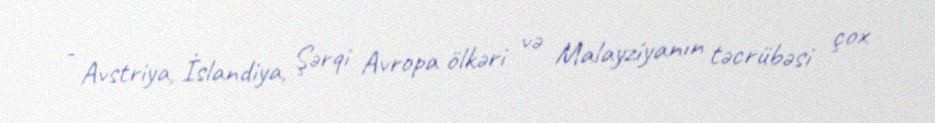
- Avstriya, İslandiya, Şərqi Avropa ölkəri və Malayziyanın təcrübəsi çox